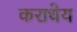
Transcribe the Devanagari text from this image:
कराधेय